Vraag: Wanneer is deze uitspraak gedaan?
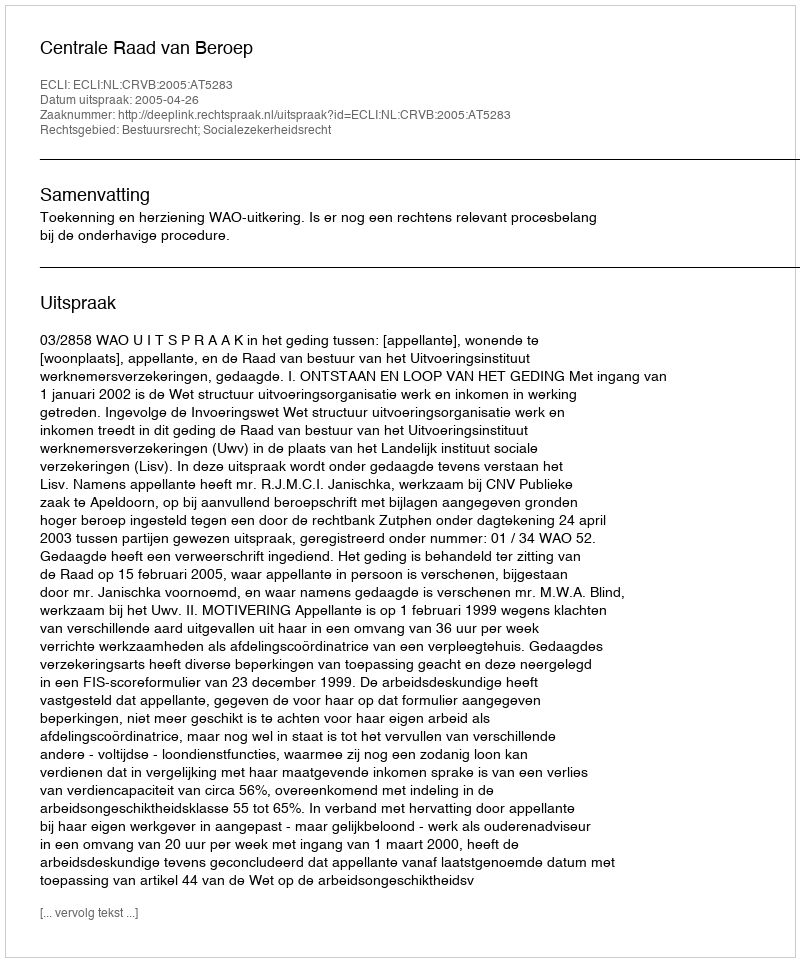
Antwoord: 2005-04-26